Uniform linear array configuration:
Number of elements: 24
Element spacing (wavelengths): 0.75
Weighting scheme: hamming
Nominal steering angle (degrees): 45
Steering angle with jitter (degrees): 46.934
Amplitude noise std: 0.05
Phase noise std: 0.05

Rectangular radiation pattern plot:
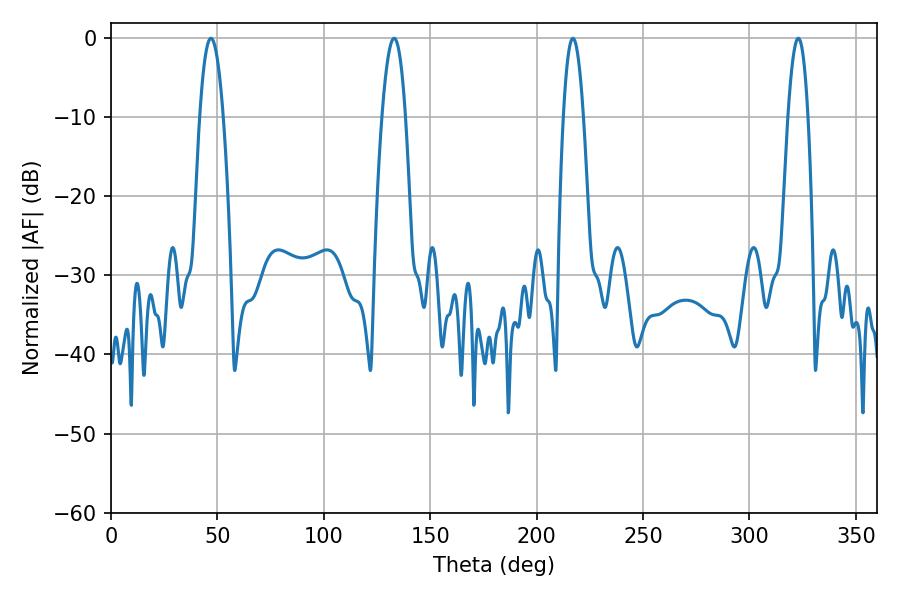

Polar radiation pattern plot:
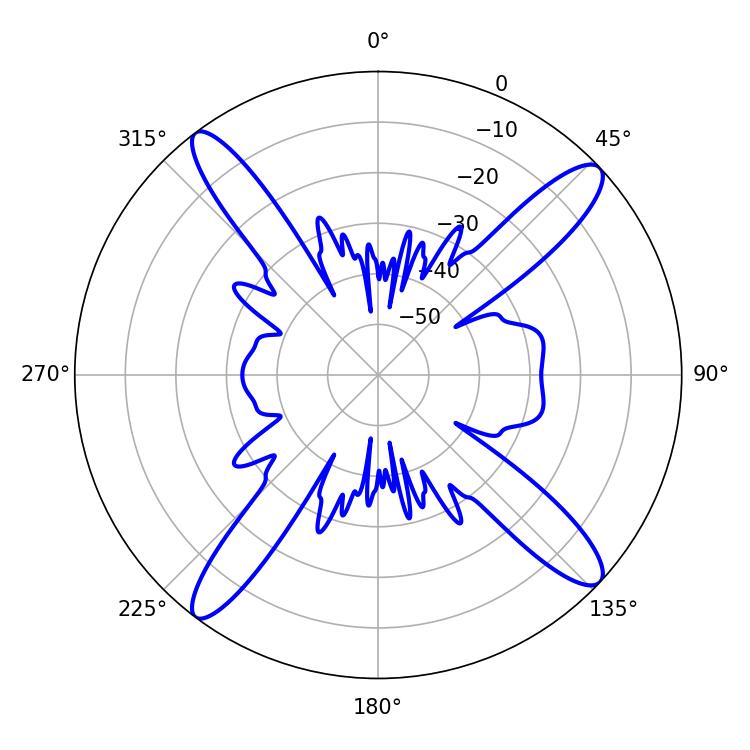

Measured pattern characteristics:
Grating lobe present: TRUE
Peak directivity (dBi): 16.005
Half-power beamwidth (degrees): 6.12
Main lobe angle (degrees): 46.98